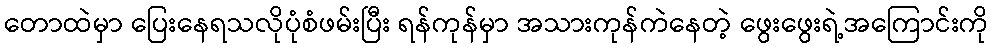
တောထဲမှာ ပြေးနေရသလိုပုံစံဖမ်းပြီး ရန်ကုန်မှာ အသားကုန်ကဲနေတဲ့ ဖွေးဖွေးရဲ့အကြောင်းကို